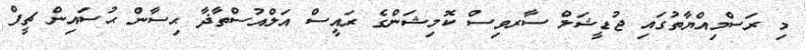
މި ރަސްމިއްޔާތުގައި ޖުޑީޝަލް ސާރވިސް ކޮމިޝަންގެ ރައީސް އަލްއުސްތާޛާ ޙިސާން ޙުސައިން ޗީފް